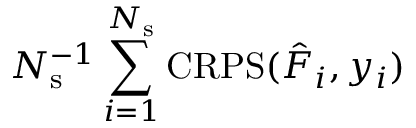
N _ { \mathrm { s } } ^ { - 1 } \sum _ { i = 1 } ^ { N _ { \mathrm { s } } } \mathrm { C R P S } ( \hat { F } _ { i } , y _ { i } )